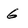
Character: 6